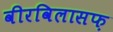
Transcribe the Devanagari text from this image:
वीरविलासफ़